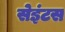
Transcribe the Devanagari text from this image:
सेइंटस